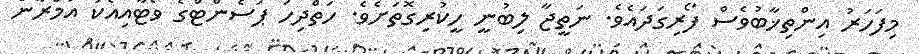
މިފަހަރު އިންތިޚާބުވެސް ފޯރިގަދައެވެ. ނަތީޖާ ލިބުނީ ހީކުރިގޮތަށެވެ. ހަތްދިހަ ޕަސެންޓްގެ ވޯޓާއިއެކު އަމްރާން